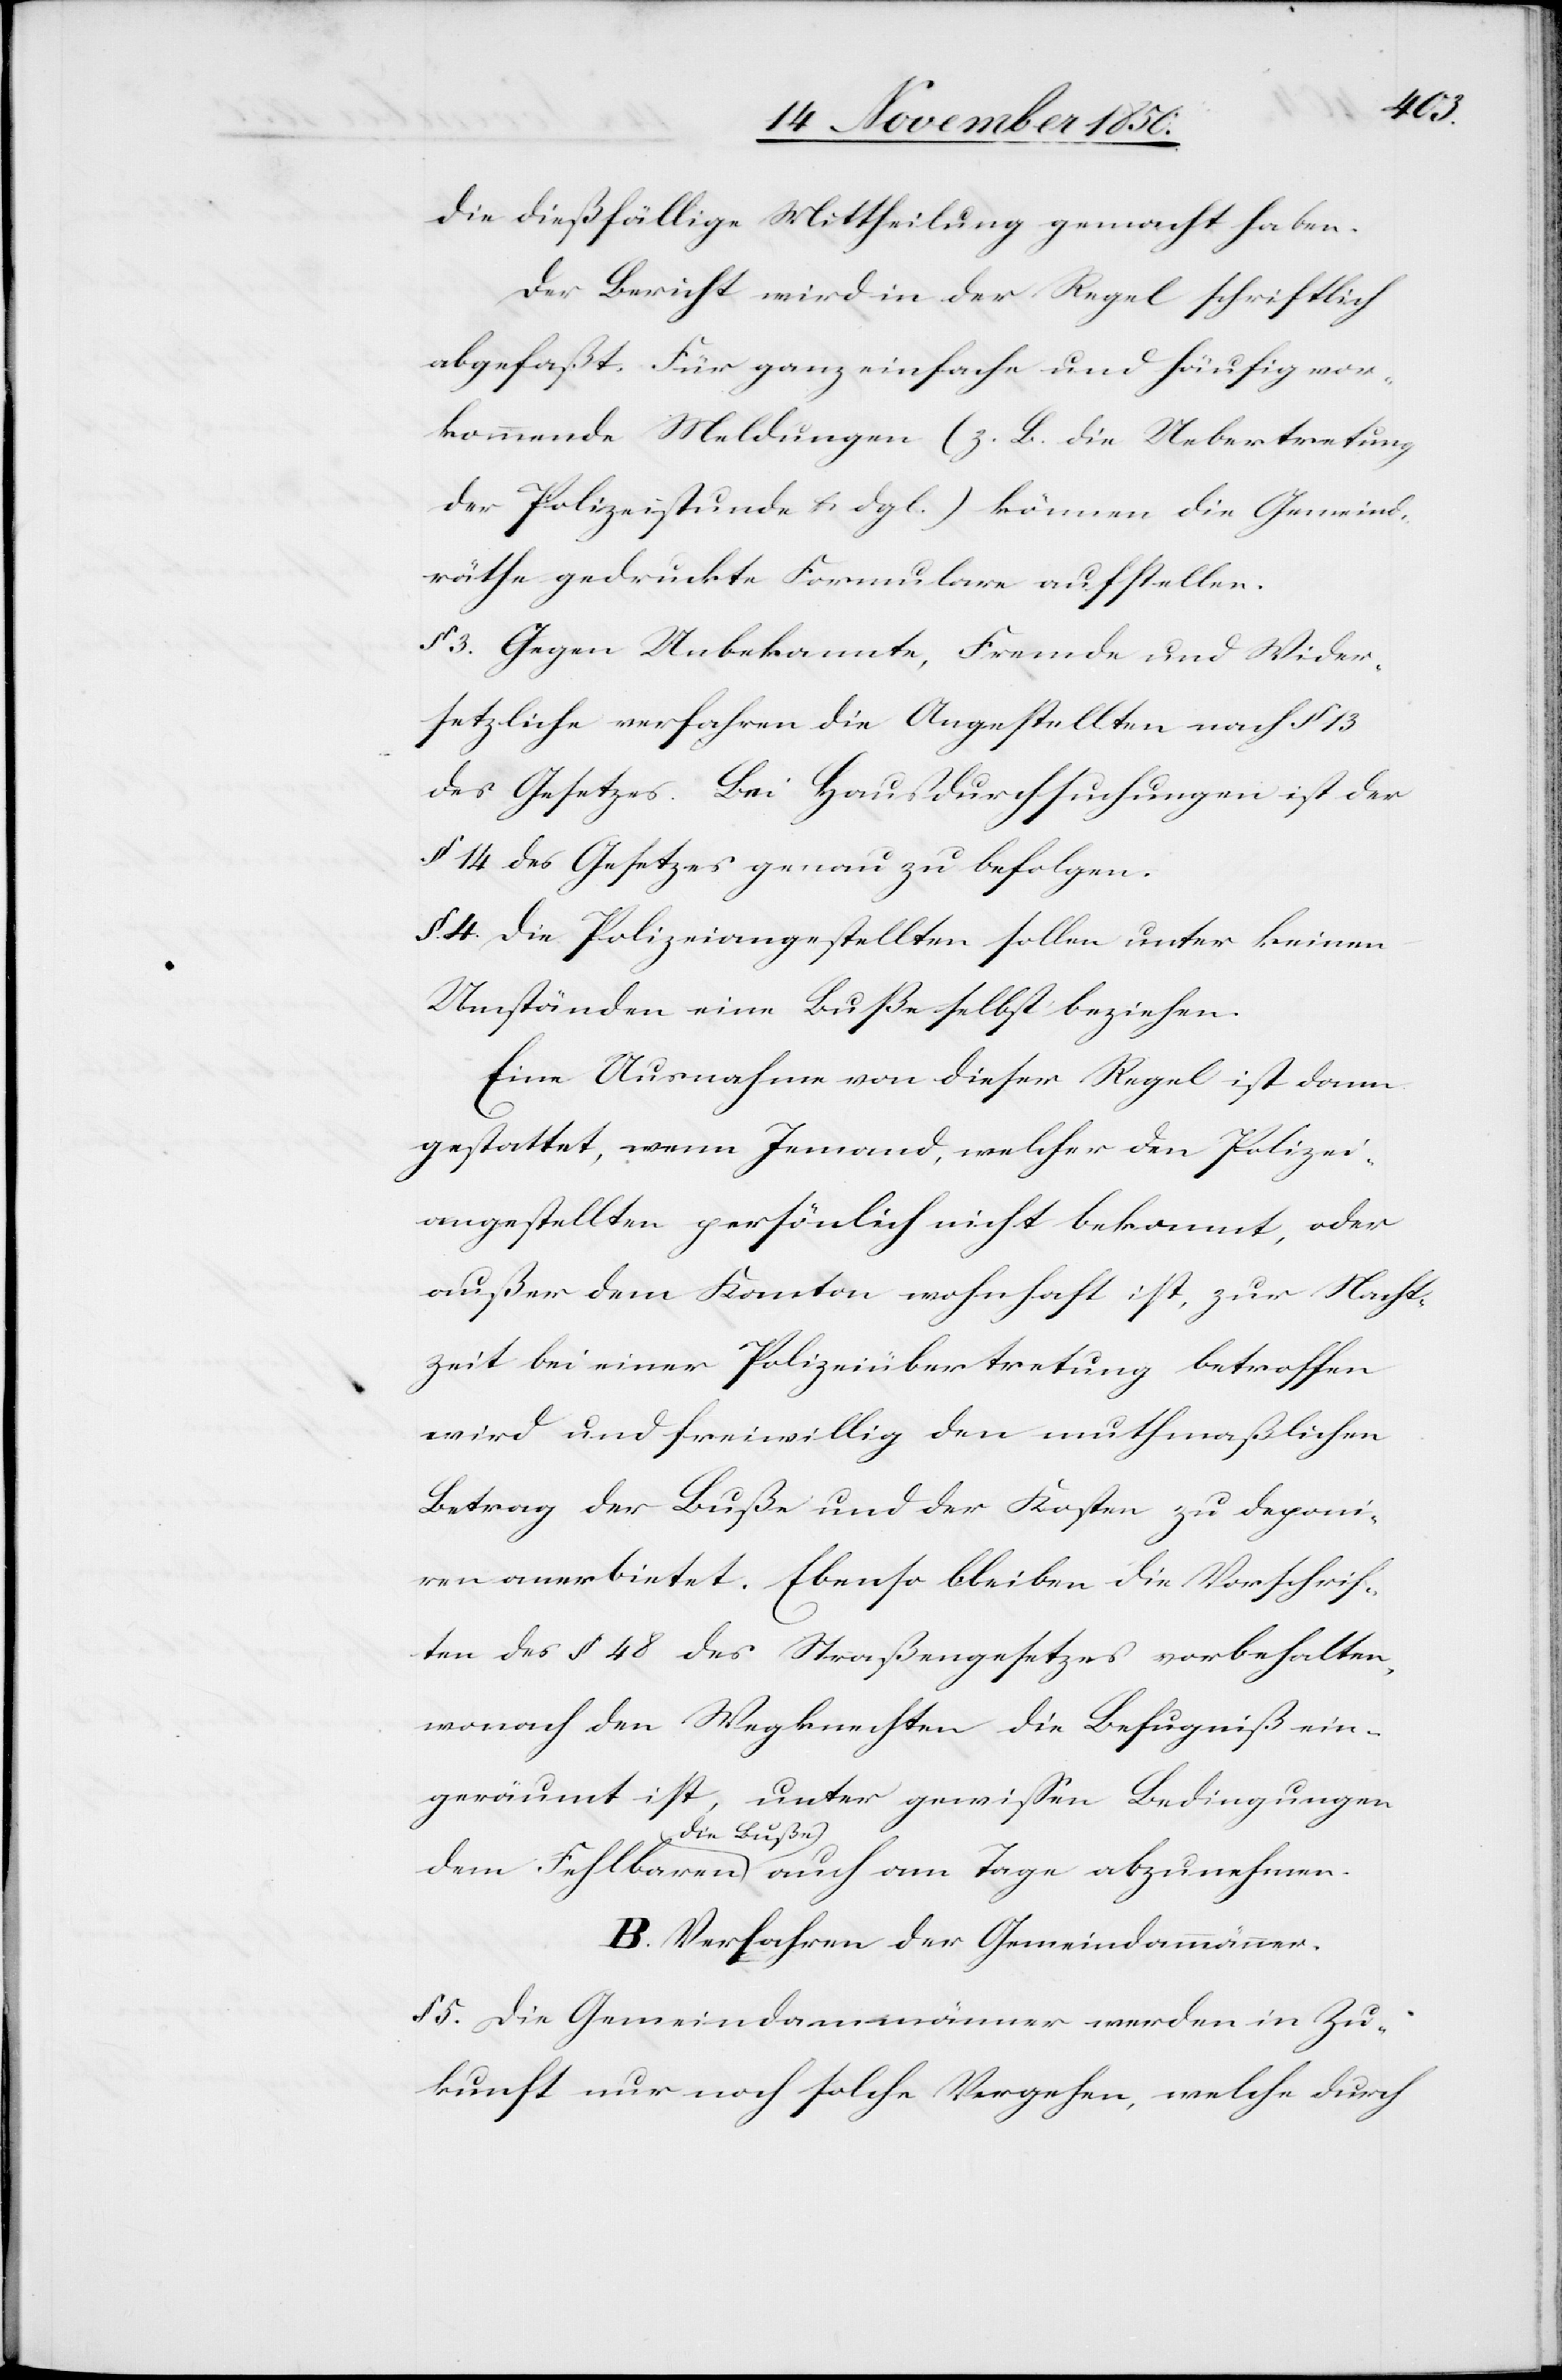
die dießfällige Mittheilung gemacht haben.
Der Bericht wird in der Regel schriftlich
abgefaßt. Für ganz einfache und häufig vor¬
kommende Meldungen (z. B. die Uebertretung
der Polizeistunde u. dgl.) können die Gemeind¬
räthe gedruckte Formulare aufstellen.
§ 3. Gegen Unbekannte, Fremde und Wider¬
setzliche verfahren die Angestellten nach § 13
des Gesetzes. Bei Hausdurchsuchungen ist der
§ 14 des Gesetzes genau zu befolgen.
§ 4 Die Polizeiangestellten sollen unter keinen
Umständen eine Buße selbst beziehen.
Eine Ausnahme von dieser Regel ist dann
gestattet, wenn Jemand, welcher den Polizei¬
angestellten persönlich nicht bekannt, oder
außer dem Kanton wohnhaft ist, zur Nacht¬
zeit bei einer Polizeiübertretung betroffen
wird und freiwillig den muthmaßlichen
Betrag der Buße und der Kosten zu deponi¬
ren anerbietet. Ebenso bleiben die Vorschrif¬
ten des § 48 des Straßengesetzes vorbehalten,
wonach den Wegknechten die Befugniß ein¬
geräumt ist, unter gewissen Bedingungen
die Buße
B. Verfahren der Gemeindammänner.
§ 5. Die Gemeindammänner werden in Zu¬
kunft nur noch solche Vergehen, welche durch